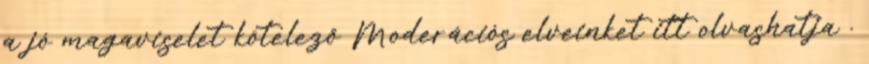
a jó magaviselet kötelező Moderációs elveinket itt olvashatja .